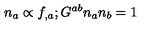
n _ { a } \propto f _ { , a } ; G ^ { a b } n _ { a } n _ { b } = 1